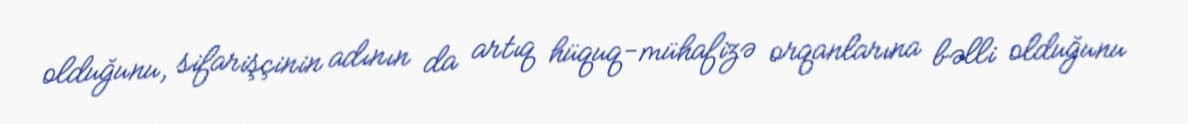
olduğunu, sifarişçinin adının da artıq hüquq-mühafizə orqanlarına bəlli olduğunu